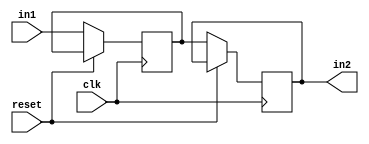
`timescale 1ns / 1ps
//////////////////////////////////////////////////////////////////////////////////

module sync( input clk , in1, reset,  output reg in2   );
reg q0;
always @ ( posedge clk) begin
if (!reset) begin
    q0 <= in1;
    in2 <= q0;
    end
    
    end
endmodule